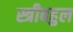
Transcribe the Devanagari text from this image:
स्त्रीबहुल